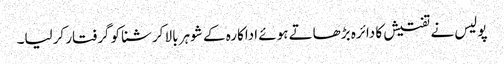
پولیس نے تفتیش کا دائرہ بڑھاتے ہوئے اداکارہ کے شوہر بالا کرشنا کو گرفتار کرلیا۔